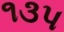
૧૩પ